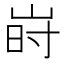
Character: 𱛬